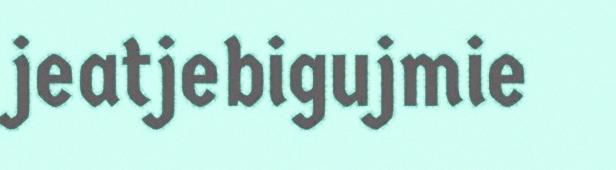
jeatjebigujmie